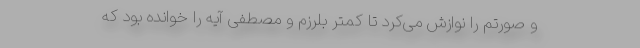
و صورتم را نوازش می‌کرد تا کمتر بلرزم و مصطفی آیه را خوانده بود که